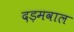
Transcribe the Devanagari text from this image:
दड़मवाल